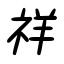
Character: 祥